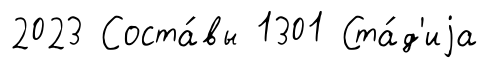
2023 Соста́вы 1301 Ста́д'иjа